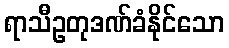
ရာသီဥတုဒဏ်ခံနိုင်သော